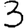
Digit: 3